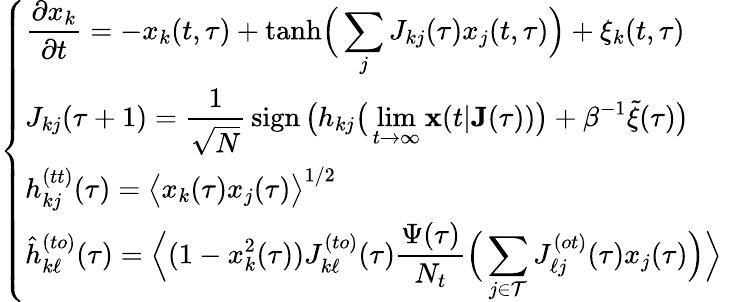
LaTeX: \left\{ \begin{array}{l}{\displaystyle\frac{\partial x_{k}}{\partial t}=-x_{k}(t,\tau)+\mathrm{tanh}\Big(\sum_{j}J_{kj}(\tau)x_{j}(t,\tau)\Big)+\xi_{k}(t,\tau)\, }\\ {\displaystyle J_{kj}(\tau+1)=\frac{1}{\sqrt{N}}\, \mathrm{sign}\, \big(h_{kj}\big(\operatorname*{lim}_{t\rightarrow\infty}\mathbf{x}(t|\mathbf{J}(\tau))\big)+\beta^{-1}\tilde{\xi}(\tau)\big)}\\ {\displaystyle h_{kj}^{(tt)}(\tau)=\big\langle x_{k}(\tau)x_{j}(\tau)\big\rangle^{1/2}}\\ {\displaystyle\hat{h}_{k\ell}^{(to)}(\tau)=\Big\langle(1-x_{k}^{2}(\tau))J_{k\ell}^{(to)}(\tau)\frac{\Psi(\tau)}{N_{t}}\Big(\sum_{j\in\mathcal{T}}J_{\ell j}^{(ot)}(\tau)x_{j}(\tau)\Big)\Big\rangle\, }\end{array}\right.\,